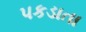
પકડાતા